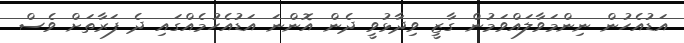
އަޑުއެހުން ނިންމަވާލައްވަމުން ގާޒީ ވިދާޅުވީ ދެން އޮންނަ އަޑުއެހުމެއްގައި ދެ ފަރާތަށް ވެސް